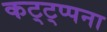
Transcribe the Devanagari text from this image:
कट्ट्प्पना